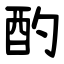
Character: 酌